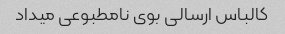
کالباس ارسالی بوی نامطبوعی میداد